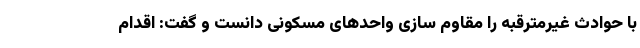
با حوادث غیرمترقبه را مقاوم سازی واحدهای مسکونی دانست و گفت: اقدام